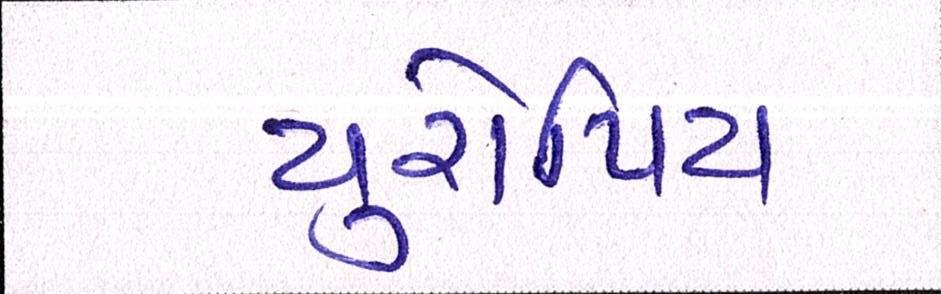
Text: યુરોપિય